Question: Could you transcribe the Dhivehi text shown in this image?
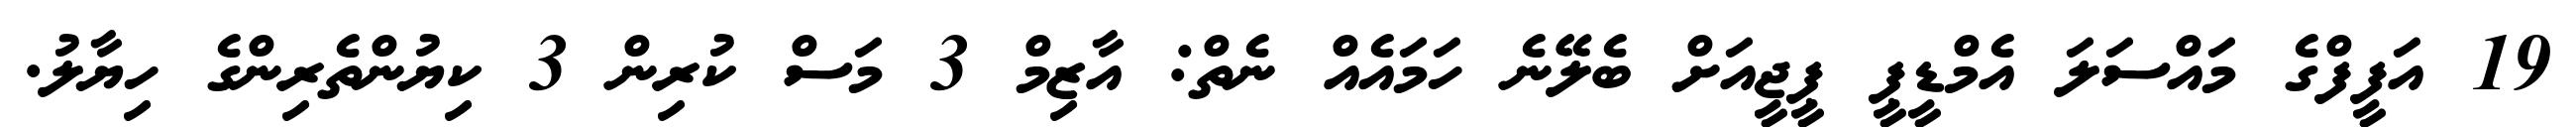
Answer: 19 އަފީފްގެ މައްސަލަ އެމްޑީޕީ ޕީޖީއަށް ބެލޭނެ ހަމައެއް ނެތް: އާޒިމް 3 މަސް ކުރިން 3 ކިޔުންތެރިންގެ ހިޔާލު.